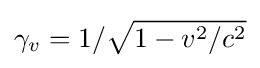
\gamma _{v}=1/{\sqrt {1-v^{2}/c^{2}}}